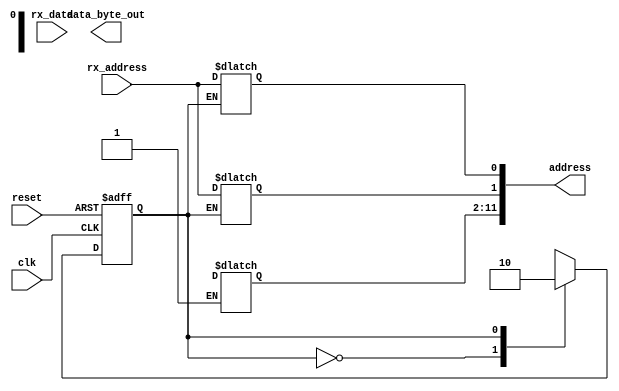
module state_machine (

input   clk,
input  reset,
input  rx_address,
input  rx_data,
output reg [11:0]address,
output reg [7:0]data_byte_out);

reg [3:0]address_bit_idx = 0;
reg [3:0]data_bit_idx = 0;
reg [8:0]data_byte = 0;
reg flag = 0;
reg addr_state = 6'd0;


parameter
addr0 = 0,
addr1 = 1,
addr2 = 2,
addr3 = 3,
addr4 = 4,
addr5 = 5,
addr6 = 6,
addr7 = 7,
addr8 = 8,
addr9 = 9,
addr10 = 10,
addr11 = 11;

always @ (addr_state) 
begin
	case (addr_state)
		addr0:
			address[0] = rx_address;
		addr1:
			address[1] = rx_address;
		addr2:
			address[2] = rx_address;
		addr3:
			address[3] = rx_address;
		addr4:
			address[4] = rx_address;
		addr5:
			address[5] = rx_address;
		addr6:
			address[6] = rx_address;
		addr7:
			address[7] = rx_address;
		addr8:
			address[8] = rx_address;
		addr9:
			address[9] = rx_address;
		addr10:
			address[10] = rx_address;
		addr11:
			address[11] = rx_address;
		default:
			address[11] = rx_address;
	endcase
end

always @ (posedge clk or posedge reset) 
begin
if (reset)
	addr_state <= addr0;
else
	case (addr_state)
		addr0:
			addr_state <= addr1;
		addr1:
			addr_state <= addr2;
		addr2:
			addr_state <= addr3;
		addr3:
			addr_state <= addr4;
		addr4:
			addr_state <= addr5;
		addr5:
			addr_state <= addr6;
		addr6:
			addr_state <= addr7;
		addr7:
			addr_state <= addr8;
		addr8:
			addr_state <= addr9;
		addr9:
			addr_state <= addr10;
		addr10:
			addr_state <= addr11;
		addr11:
			addr_state <= addr0;
	endcase
end
endmodule